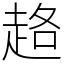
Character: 䞦